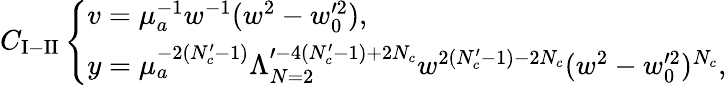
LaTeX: C_{\mathrm{I-II}}\left\{ \begin{array}{l}{{v=\mu_{a}^{-1}w^{-1}(w^{2}-w_{0}^{\prime 2}),}}\\ {{y=\mu_{a}^{-2(N_{c}^{\prime}-1)}\Lambda_{N=2}^{\prime-4(N_{c}^{\prime}-1)+2N_{c}}w^{2(N_{c}^{\prime}-1)-2N_{c}}(w^{2}-w_{0}^{\prime 2})^{N_{c}},}}\end{array}\right.